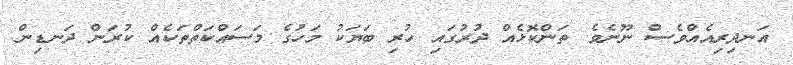
އަނދިރިއެއްވެސް ނޫނެވެ. ތަންކޮޅެއް ދުރުގައި ހުރި ބަޔަކު މަހުގެ މަސައްކަތްތަކެއް ކުރަން ދަނޑިން